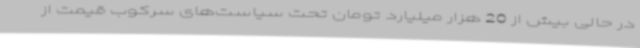
در حالی بیش از 20 هزار میلیارد تومان تحت سیاست‌های سرکوب‌ قیمت از